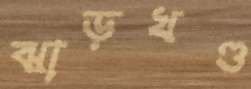
ঝাড়খণ্ড